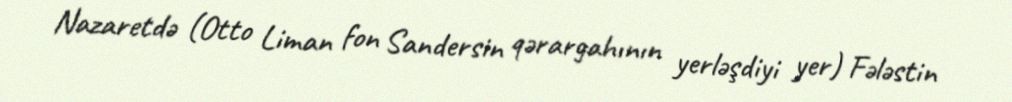
Nazaretdə (Otto Liman fon Sandersin qərargahının yerləşdiyi yer) Fələstin